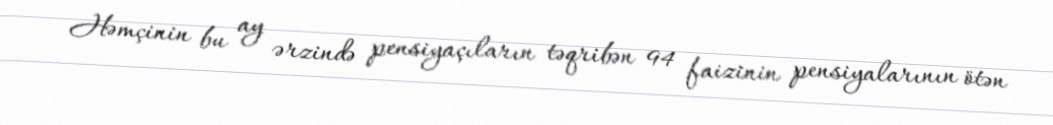
Həmçinin bu ay ərzində pensiyaçıların təqribən 94 faizinin pensiyalarının ötən